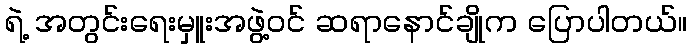
ရဲ့ အတွင်းရေးမှူးအဖွဲ့ဝင် ဆရာနောင်ချိုက ပြောပါတယ်။